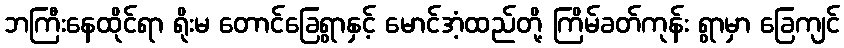
ဘကြီးနေထိုင်ရာ ရိုးမ တောင်ခြေရွာနှင့် မောင်အံ့ထည်တို့ ကြိမ်ခတ်ကုန်း ရွာမှာ ခြေကျင်